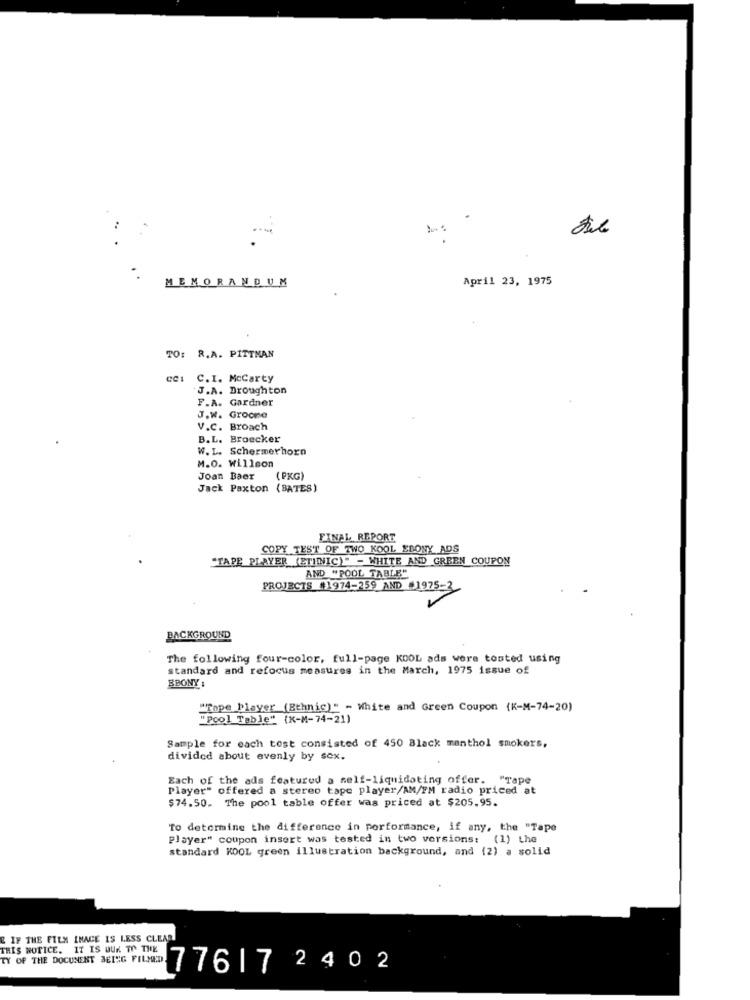
MEMORANDUM
April 23, 1975
: R.A. PITTMAN
C.I. McCarty
J.A. Broughton
F.A. Gardner
J.W. Groone
V.C. Broach
B.L. Broecker
W. L. Schermerhorn
M.O. Willson
Joan Baer
( PKG)
Jack Paxton (BATES)
FINAL REPORT
COPY TEST OF TWO KOOL EBONY ADS
"TAPE PLAYER (ETHNIC)" - WHITE AND GREEN COUPON
AND "POOL TABLE"
PROJECTS #1974-259 AND #1975-3
BACKGROUND
The following four-color, full-page KOOL ads were tosted using
standard and refocus measures in the March, 1975 issue of
EBONY:
"Tape Player (Ethnic)" - White and Green Coupon (K-M-74-20)
"pool Table" {K-M-74-21)
Sample for each tost consisted of 450 Black menthol smokers,
divided about evenly by sex.
Each of the ads featured a self-liquidating offer. "Tape
Player" offered a stereo tape player/AM/FM radio priced at
$74.50. The pool table offer was priced at $205.95.
To determine the difference in performance, if any, the "Tape
Player" coupon insert was tested in two versions: (1) the
standard KOOL green illustration background, and (2) a solid
E IF THE FILM IMAGE IS LESS CLEAR
THIS NOTICE. IT IS BUK TO THE
Y OF THE DOCUMENT MELEG POLED 776|7 2402